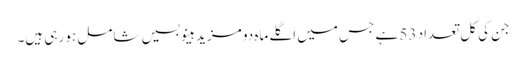
جن کی کل تعداد 53 ہے جس میں اگلے ماہ دو مزید ہینو بسیں شامل ہو رہی ہیں۔